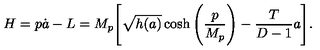
H = p \dot { a } - L = M _ { p } \Bigg [ { \sqrt { h ( a ) } } \cosh \Bigg ( { \frac { p } { M _ { p } } } \Bigg ) - { \frac { T } { D - 1 } } a \Bigg ] .